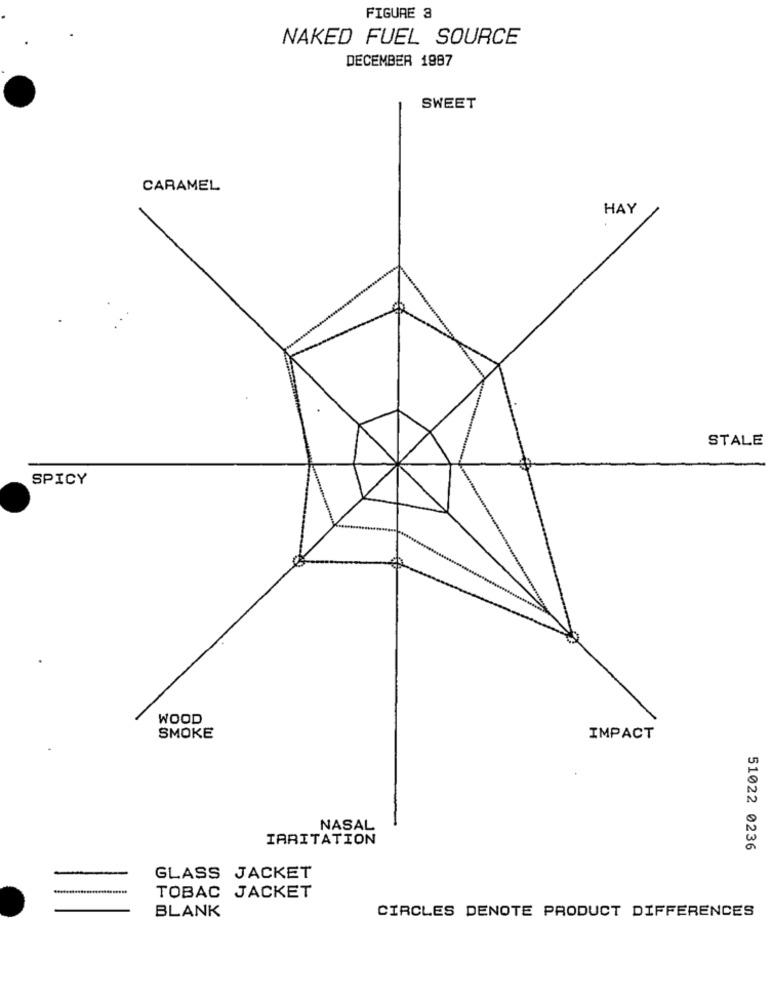
FIGURE 3
NAKED FUEL SOURCE
DECEMBER 1987
SWEET
CARAMEL
HAY
STALE
SPICY
WOOD
SMOKE
IMPACT
NASAL
IRRITATION
51022 0236
GLASS JACKET
TOBAC JACKET
BLANK
CIRCLES DENOTE PRODUCT DIFFERENCES